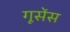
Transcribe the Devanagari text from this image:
गूसेंस